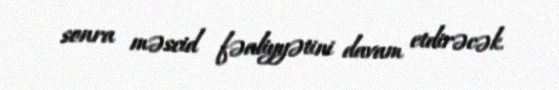
sonra məscid fəaliyyətini davam etdirəcək.